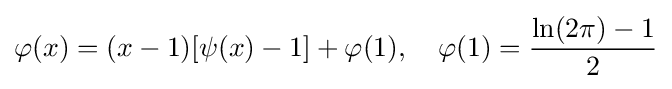
\varphi (x)=(x-1)[\psi (x)-1]+\varphi (1),\quad \varphi (1)={\frac {\ln(2\pi )-1}{2}}